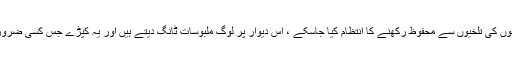
یہ ایک ایسی دیوار ہے کہ جس کا بنیادی مقصد لوگوں کو تن ڈھانپنے اور موسموں کی تلخیوں سے محفوظ رکھنے کا انتظام کیا جاسکے ، اس دیوار پر لوگ ملبوسات ٹانگ دیتے ہیں اور یہ کپڑے جس کسی ضرورت مند کی ضرورت ہوں وہ وہاں سے اتار کر اپنے استعمال کیلئے لے جائے ۔